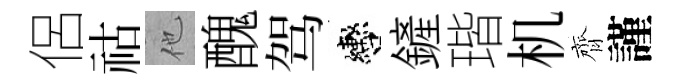
侶祜他醜驾轡鏟瑎机齊謹